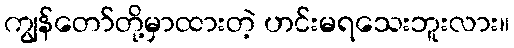
ကျွန်တော်တို့မှာထားတဲ့ ဟင်းမရသေးဘူးလား။